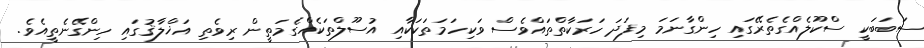
ސަބަބަކީ ސްކޫލެއްގެތެރޭގައި ހިންގާނަމަ މިފަދަ ހަރަކާތްތައްވެސް ވަކިހަމަތަކަކާއި އުސޫލްތަކެއްގެމަތީން ރިވެތި އަޚްލާޤުގައި ހިންގޭނެތީއެވެ.